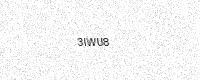
Text: 3IWU8